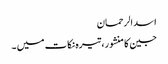
اسد الرحمان
جین کا منشور، تیرہ نکات میں ۔